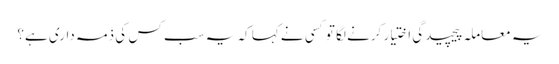
یہ معاملہ پیچیدگی اختیار کرنے لگا تو کسی نے کہا کہ یہ سب کس کی ذمہ داری ہے؟